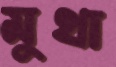
মুথা